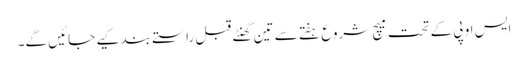
ایس او پی کے تحت میچ شروع ہفتے سے تین گھنٹے قبل راستے بند کیے جائیں گے۔